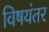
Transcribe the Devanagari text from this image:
विषयंतर